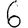
Digit: 6